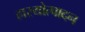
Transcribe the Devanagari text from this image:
हास्योत्पादन